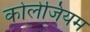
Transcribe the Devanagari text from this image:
कोलेजियम